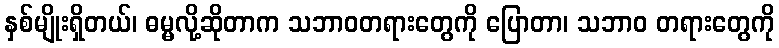
နှစ်မျိုးရှိတယ်၊ ဓမ္မလို့ဆိုတာက သဘာဝတရားတွေကို ပြောတာ၊ သဘာဝ တရားတွေကို